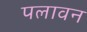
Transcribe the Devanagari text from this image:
पलावन